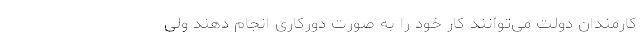
کارمندان دولت می‌توانند کار خود را به صورت دورکاری انجام دهند ولی